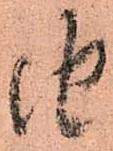
由